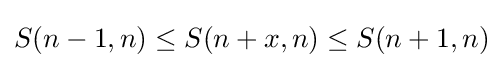
S(n-1,n)\leq S(n+x,n)\leq S(n+1,n)